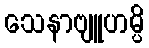
သေနာဗျူဟမ္ပိ